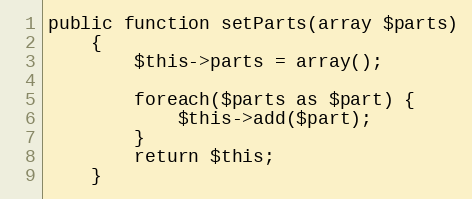
Language: PHP
public function setParts(array $parts)
    {
        $this->parts = array();

        foreach($parts as $part) {
            $this->add($part);
        }
        return $this;
    }